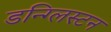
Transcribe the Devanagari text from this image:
डन्ग्लिस्टन